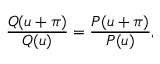
\frac { Q ( u + \pi ) } { Q ( u ) } = \frac { P ( u + \pi ) } { P ( u ) } ,